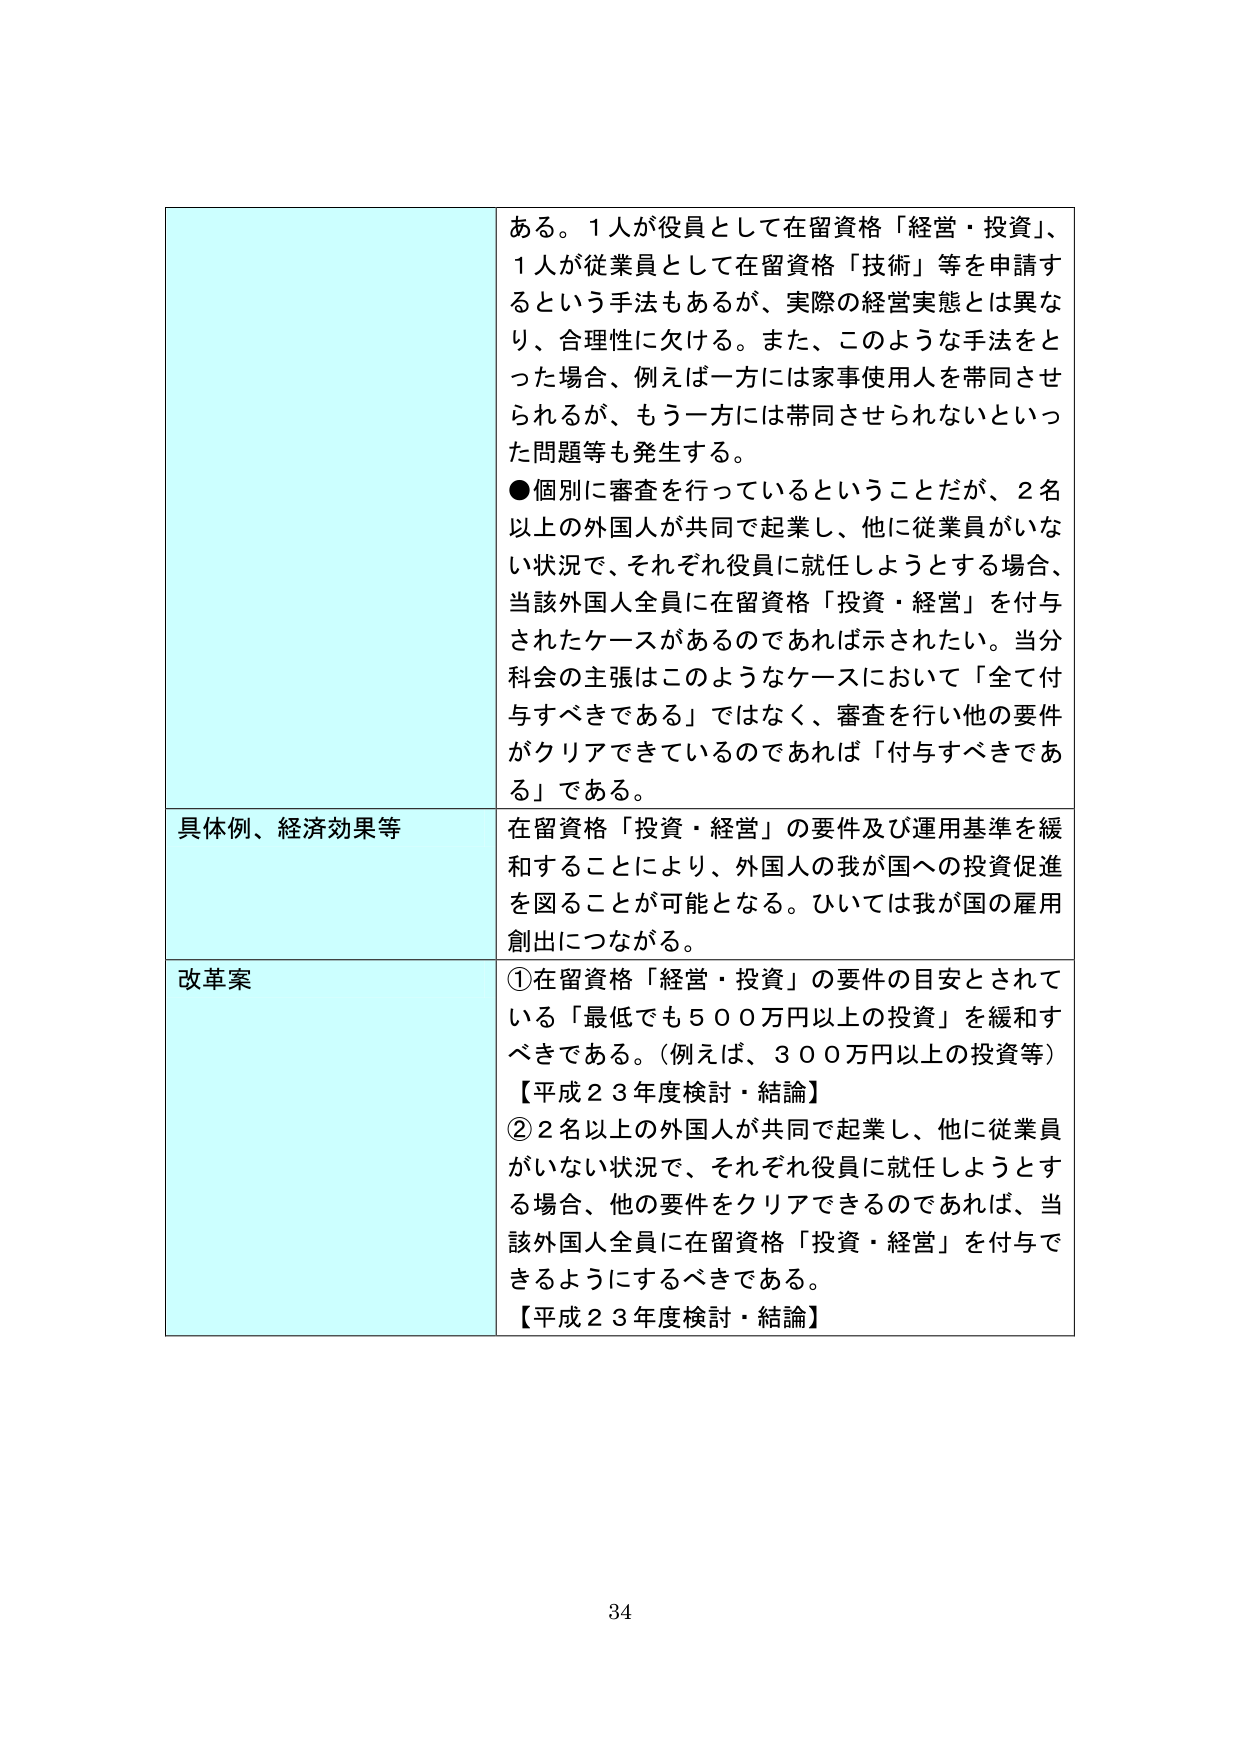
ある。１人が役員として在留資格「経営・投資」、
１人が従業員として在留資格「技術」等を申請するという手法もあるが、実際の経営実態とは異なり、合理性に欠ける。また、このような手法をとった場合、例えば一方には家事使用人を帯同させられるが、もう一方には帯同させられないといった問題等も発生する。
●個別に審査を行っているということだが、２名以上の外国人が共同で起業し、他に従業員がいない状況で、それぞれ役員に就任しようとする場合、当該外国人全員に在留資格「投資・経営」を付与されたケースがあるのであれば示されたい。当分科会の主張はこのようなケースにおいて「全て付与すべきである」ではなく、審査を行い他の要件がクリアできているのであれば「付与すべきである」である。

具体例、経済効果等
在留資格「投資・経営」の要件及び運用基準を緩和することにより、外国人の我が国への投資促進を図ることが可能となる。ひいては我が国の雇用創出につながる。

改革案
①在留資格「経営・投資」の要件の目安とされている「最低でも５００万円以上の投資」を緩和すべきである。（例えば、３００万円以上の投資等）
【平成２３年度検討・結論】
②２名以上の外国人が共同で起業し、他に従業員がいない状況で、それぞれ役員に就任しようとする場合、他の要件をクリアできるのであれば、当該外国人全員に在留資格「投資・経営」を付与できるようにするべきである。
【平成２３年度検討・結論】

34